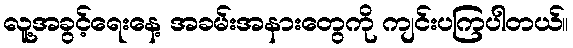
လူ့အခွင့်ရေးနေ့ အခမ်းအနားတွေကို ကျင်းပကြပါတယ်။